Indian journal of veterinary science and animal husbandry - Volume 10,
Year: 1940
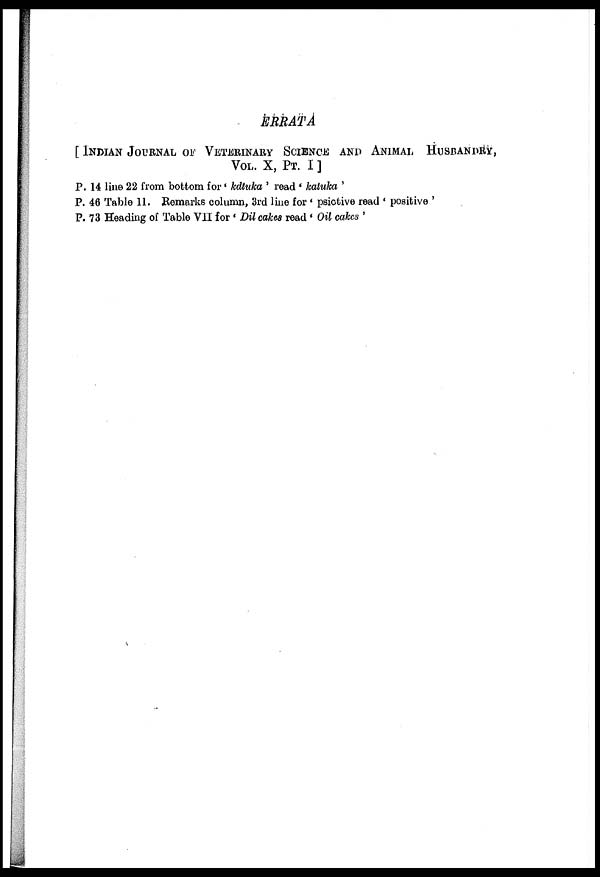
ERRATA
[ INDIAN JOURNAL OF VETERINARY SCIENCE AND ANI
VOL. X, PT. I ]
P. 14 line 22 from bottom for 'kdtuka ' read ' katuka '
P. 46 Table 11. Remarks column, 3rd line for ' psiotive read ' positive '
P. 73 Heading of Table VII for ' Dil cakes read ' Oil cakes '